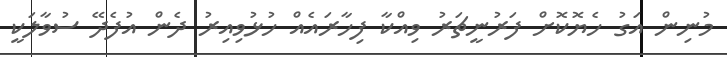
މުނިން އަގު ހެޔޮކޮށް ފަރުނީޗަރު ވިއްކާ ފިހާރައެއް ހުޅުވިއިރު ދެން އުފެދޭ ސުވާލަކީ